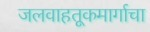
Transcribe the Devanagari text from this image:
जलवाहतूकमार्गाचा